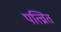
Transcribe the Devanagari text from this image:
पत्व्राित